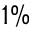
1 \%